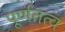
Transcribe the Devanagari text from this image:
पूर्णतत्व